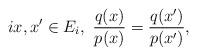
LaTeX: \begin{align*} i x,x' \in E_i,~\frac{q(x)}{p(x)}=\frac{q(x')}{p(x')},\end{align*}